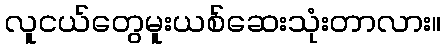
လူငယ်တွေမူးယစ်ဆေးသုံးတာလား။